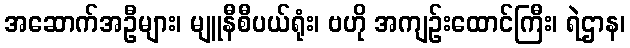
အဆောက်အဦများ၊ မျူနီစီပယ်ရုံး၊ ဗဟို အကျဉ်းထောင်ကြီး၊ ရဲဌာန၊